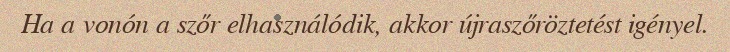
Ha a vonón a szőr elhasználódik, akkor újraszőröztetést igényel.